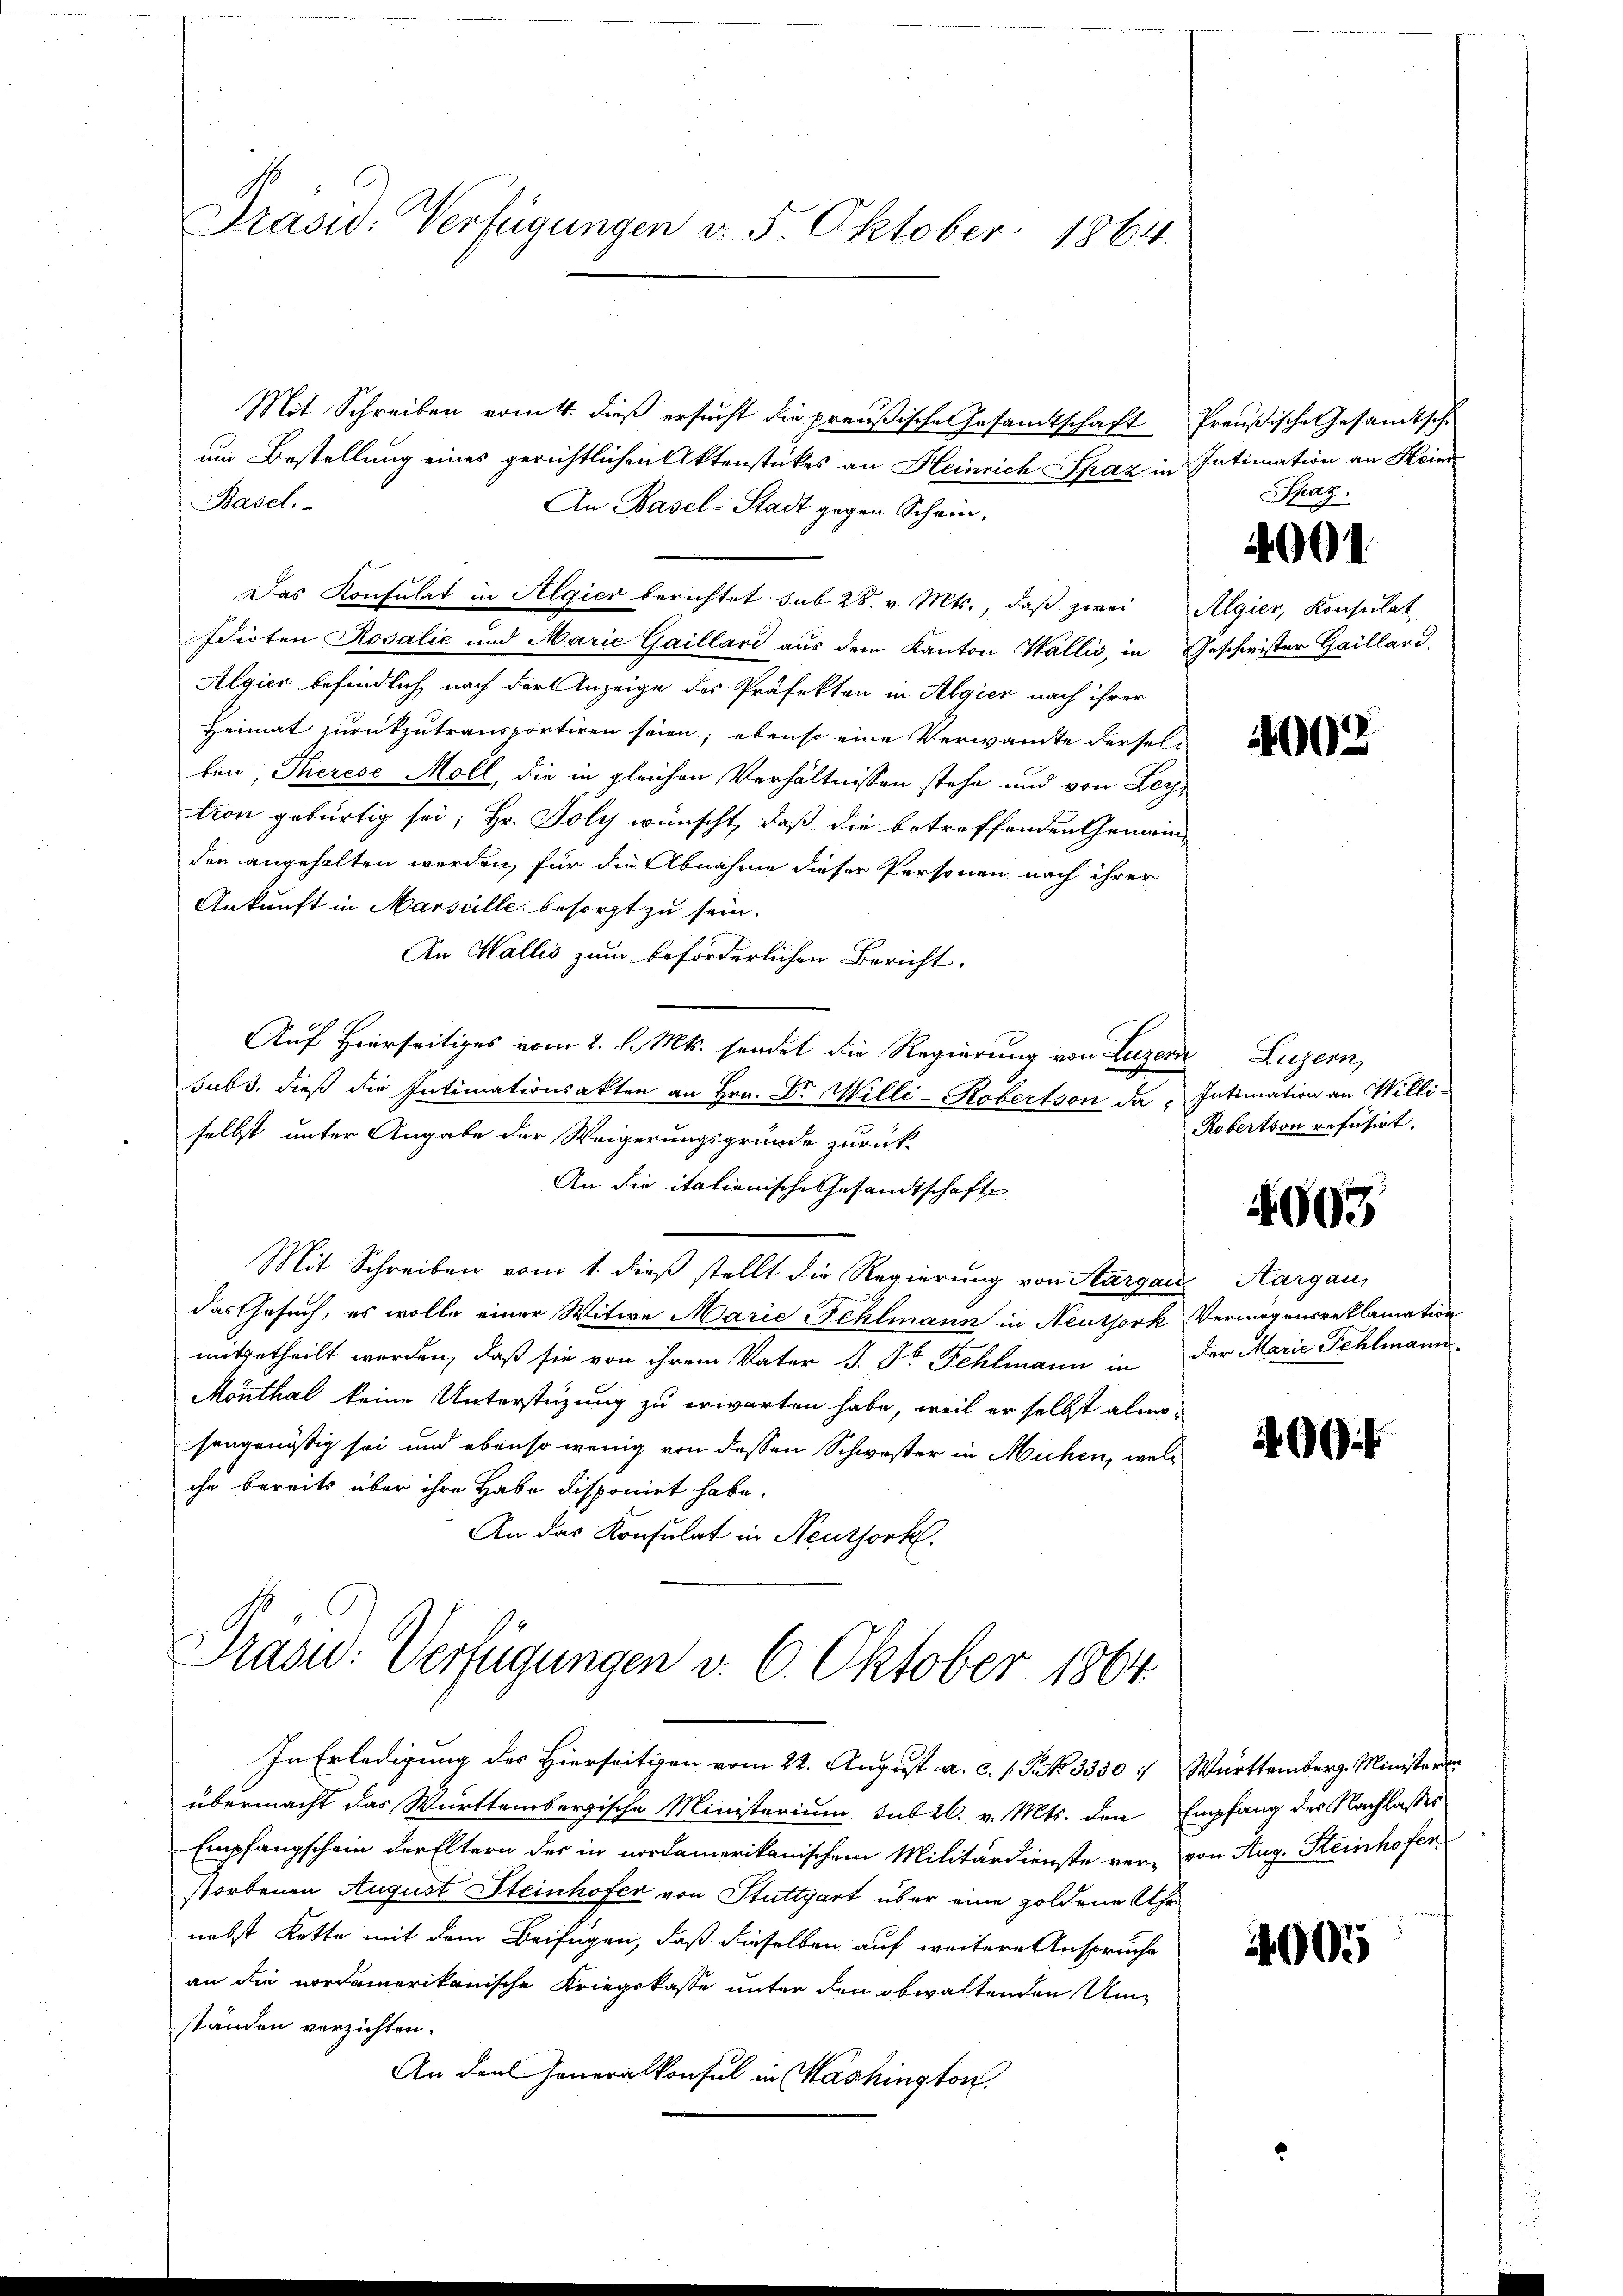
Präsid. Verfügungen v. 5. Oktober 1864.

Mit Schreiben vom 1. dieß ersucht die preußische Gesandtschaft Preußische Gesandtschi
um Bestellung eines gerichtlichen Aktenstückes an Heinrich Spaz in Intimation an Hein
Basel.
An Basel-Stadt gegen Schein,
Das Konsulat in Algier berichtet sub 28. v. Mts., daß zwei Algier, Konsulat
Idioten Rosalić und Marie Gaillard aus dem Kanton Wallis, in Geschwister Gaillard,
Algier befindlich nach der Anzeige des Präfekten in Algier nach ihrer
Heimat zurückzutransportiren seien; ebenso eine Verwandte dersel-
ten, Therese Moll, die in gleichen Verhältnissen stehe und von Leytion gebürtig sei; Hr. Poly wünscht, daß die betreffenden Gemeinden angehalten werden, für die Abnahme dieser Personen nach ihrer
Ankunft in Marseille besorgt zu sein.
An Wallis zum beförderlichen Bericht.
Auf Hierseitiges vom 2. l. Mts. sendet die Regierung von Luzer
subs, dieß die Intimationsakten an Hrn. Dr. Milli-Robertson da "Intimation an Willi-
selbst unter Angabe der Weigerungsgründe zurück-
An die itationische Gesandtschaft
Mit Schreiben vom 1. dieß stellt die Regierung von Aargau, Aargau,
das Gesuch, es wolle einer Witwe Marie Fehlmann in Neuthork Vermögensreklamation
mitgetheilt worden, daß sie von ihrem Vater J. Dr Fehlmann in der Marie Fehlmann
Monthal keine Unterstüzung zu erwarten habe, weil er selbst almosengenössig sei und ebenso wenig von dessen Schwester in Mühen, welche bereits über ihre Habe disponirt habe.
An das Konsulat in Neuthork

Präsid. Verfügungen v. 6. Oktober 1864.

In Erledigung des Hierseitigen vom 22. August a. c. s. P. Nr. 3350 " Württemberg. Ministern
übermacht das Württembergische Ministerium sub 20. v. Mts. den Empfang des Nachlasses
Empfangschein der Eltern der in nordamerikanischem Militärdienste ver- von Aug. Steinhofer
storbenen August Steinhofer von Stuttgart über eine goldene Uhr
nebst Kette mit dem Beifügen, daß dieselben auf weitere Anspruche
an die nordamerikanische Kriegskasse unter den obwaltenden Umständen verzichten.
An den Generalkonsul in Washington,

Spaz

400

002

Luzern,
Robertion refusirt.

4005

460 f

4005